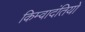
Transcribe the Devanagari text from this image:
किम्वादंतियों